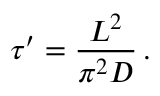
\tau ^ { \prime } = \frac { L ^ { 2 } } { \pi ^ { 2 } D } \, .